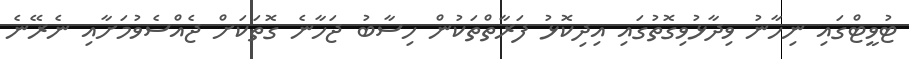
ޓުވީޓްގައި ނިހާނު ވިދާޅުވިގޮތުގައި އިދިކޮޅު ފަރާތްތަކުން ހިސާބު ޖަހާނެ ގޮތަކަށް ޖެއްސެވުމަށާއި ނެރޭނެ